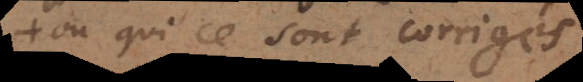
ou qui se sont corrigés